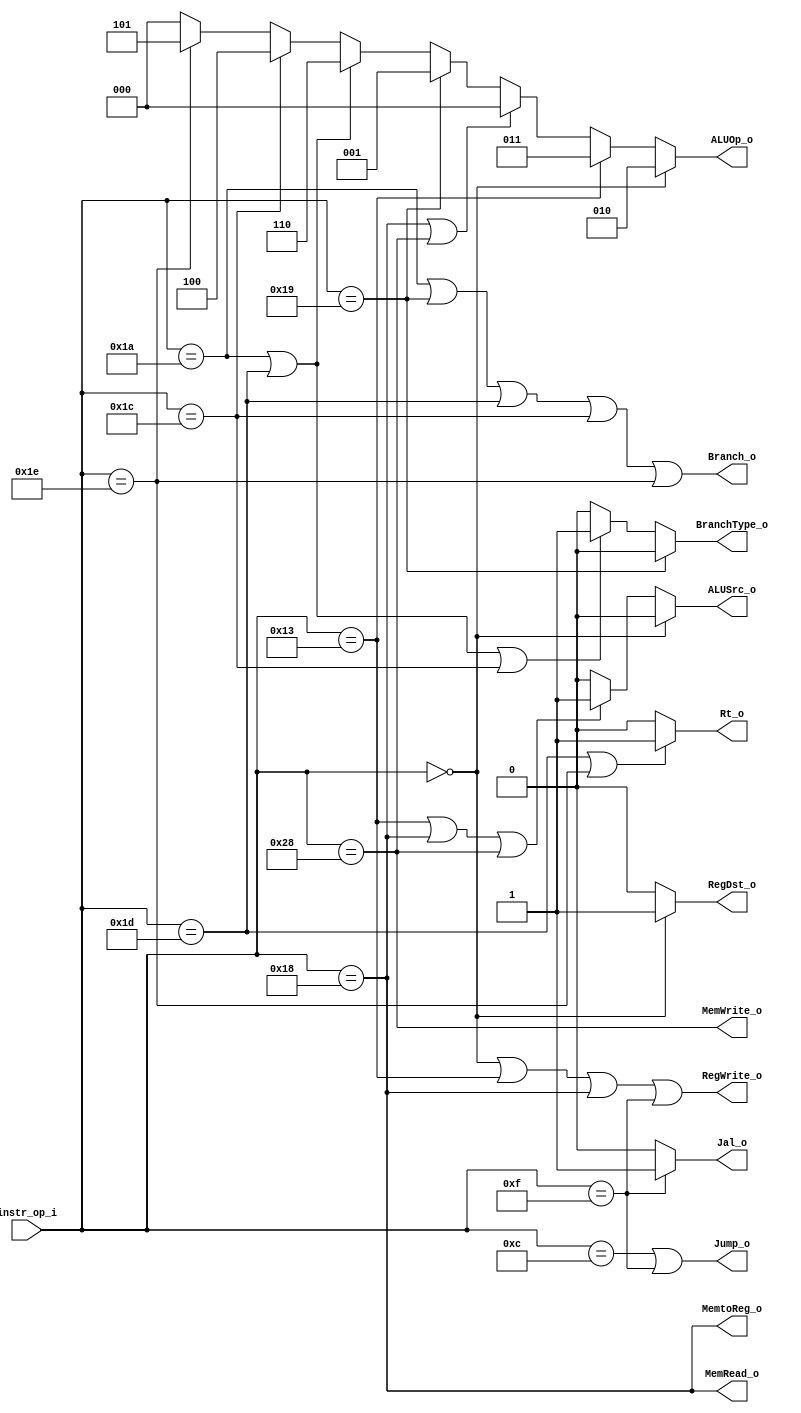
module Decoder (
    instr_op_i,
    RegWrite_o,
    ALUOp_o,
    ALUSrc_o,
    RegDst_o,
    Jump_o,
    Branch_o,
    BranchType_o,
    MemRead_o,
    MemWrite_o,
    MemtoReg_o,
    Jal_o,
    Rt_o
);

  //I/O ports
  input [6-1:0] instr_op_i;

  output RegWrite_o;
  output [3-1:0] ALUOp_o;
  output ALUSrc_o;
  output RegDst_o;
  output Jump_o;
  output Branch_o;
  output BranchType_o;
  output MemRead_o;
  output MemWrite_o;
  output MemtoReg_o;
  output Jal_o;
  output Rt_o;

  //Internal Signals
  wire RegWrite_o;
  wire [3-1:0] ALUOp_o;
  wire ALUSrc_o;
  wire RegDst_o;
  wire Jump_o;
  wire Branch_o;
  wire BranchType_o;
  wire MemRead_o;
  wire MemWrite_o;
  wire MemtoReg_o;

  //parameter Op Field[31:26]
  parameter RType= 6'b000000;
  parameter addi = 6'b010011;
  parameter lw   = 6'b011000;
  parameter sw   = 6'b101000;
  parameter beq  = 6'b011001;
  parameter bne  = 6'b011010;
  parameter jump = 6'b001100;
  parameter jal  = 6'b001111;
  parameter blt  = 6'b011100;
  parameter bnez = 6'b011101;
  parameter bgez = 6'b011110;
  
  //Main function
  /*your code here*/
  assign RegWrite_o = (instr_op_i == RType) || (instr_op_i == addi) || (instr_op_i == lw) || (instr_op_i == jal);
  assign ALUOp_o =  (instr_op_i == RType) ? 3'b010 :
                    (instr_op_i == addi) ? 3'b011 :
                    (instr_op_i == lw) || (instr_op_i == sw) ? 3'b000 :
                    (instr_op_i == beq) ? 3'b001 :
                    (instr_op_i == bne) || (instr_op_i == bnez) ? 3'b110 :
                    (instr_op_i == blt) ? 3'b100 :
                    (instr_op_i == bgez) ? 3'b101 : 3'b000;
  assign ALUSrc_o = (instr_op_i == RType) ? 1'b0 :
                    (instr_op_i == addi) || (instr_op_i == lw) || (instr_op_i == sw) ? 1'b1 : 1'b0;
  assign RegDst_o = (instr_op_i == RType) ? 1'b1 : 1'b0;
  assign Branch_o =  (instr_op_i == bne) || (instr_op_i == beq) || (instr_op_i == bnez) || (instr_op_i == blt) || (instr_op_i == bgez);
  assign MemRead_o = (instr_op_i == lw);
  assign MemWrite_o = (instr_op_i == sw);
  assign MemtoReg_o = (instr_op_i == lw);
  assign Jump_o =  (instr_op_i == jump) || (instr_op_i == jal);
  assign BranchType_o=(instr_op_i == beq) ? 1'b0 :
                      (instr_op_i == bne) || (instr_op_i == bnez) || (instr_op_i == blt) ? 1'b1 : 1'b0;
  assign Jal_o =		(instr_op_i == jal) ? 1'b1 : 1'b0;
  assign Rt_o =		(instr_op_i == bnez || instr_op_i == bgez) ? 1'b1 : 1'b0;

   
  

endmodule